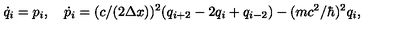
\dot { q } _ { i } = p _ { i } , \quad \dot { p } _ { i } = ( c / ( 2 \Delta x ) ) ^ { 2 } ( q _ { i + 2 } - 2 q _ { i } + q _ { i - 2 } ) - ( m c ^ { 2 } / \hbar ) ^ { 2 } q _ { i } ,